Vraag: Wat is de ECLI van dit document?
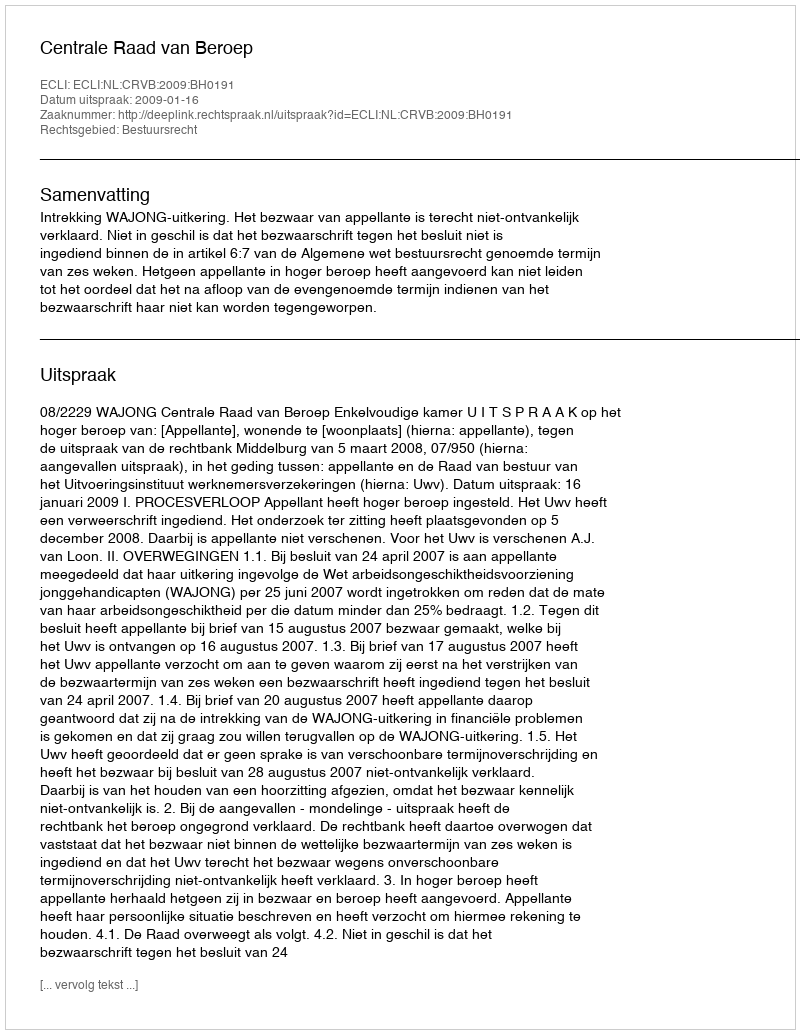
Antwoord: ECLI:NL:CRVB:2009:BH0191